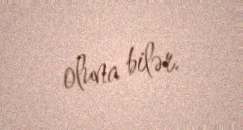
oluna bilər.